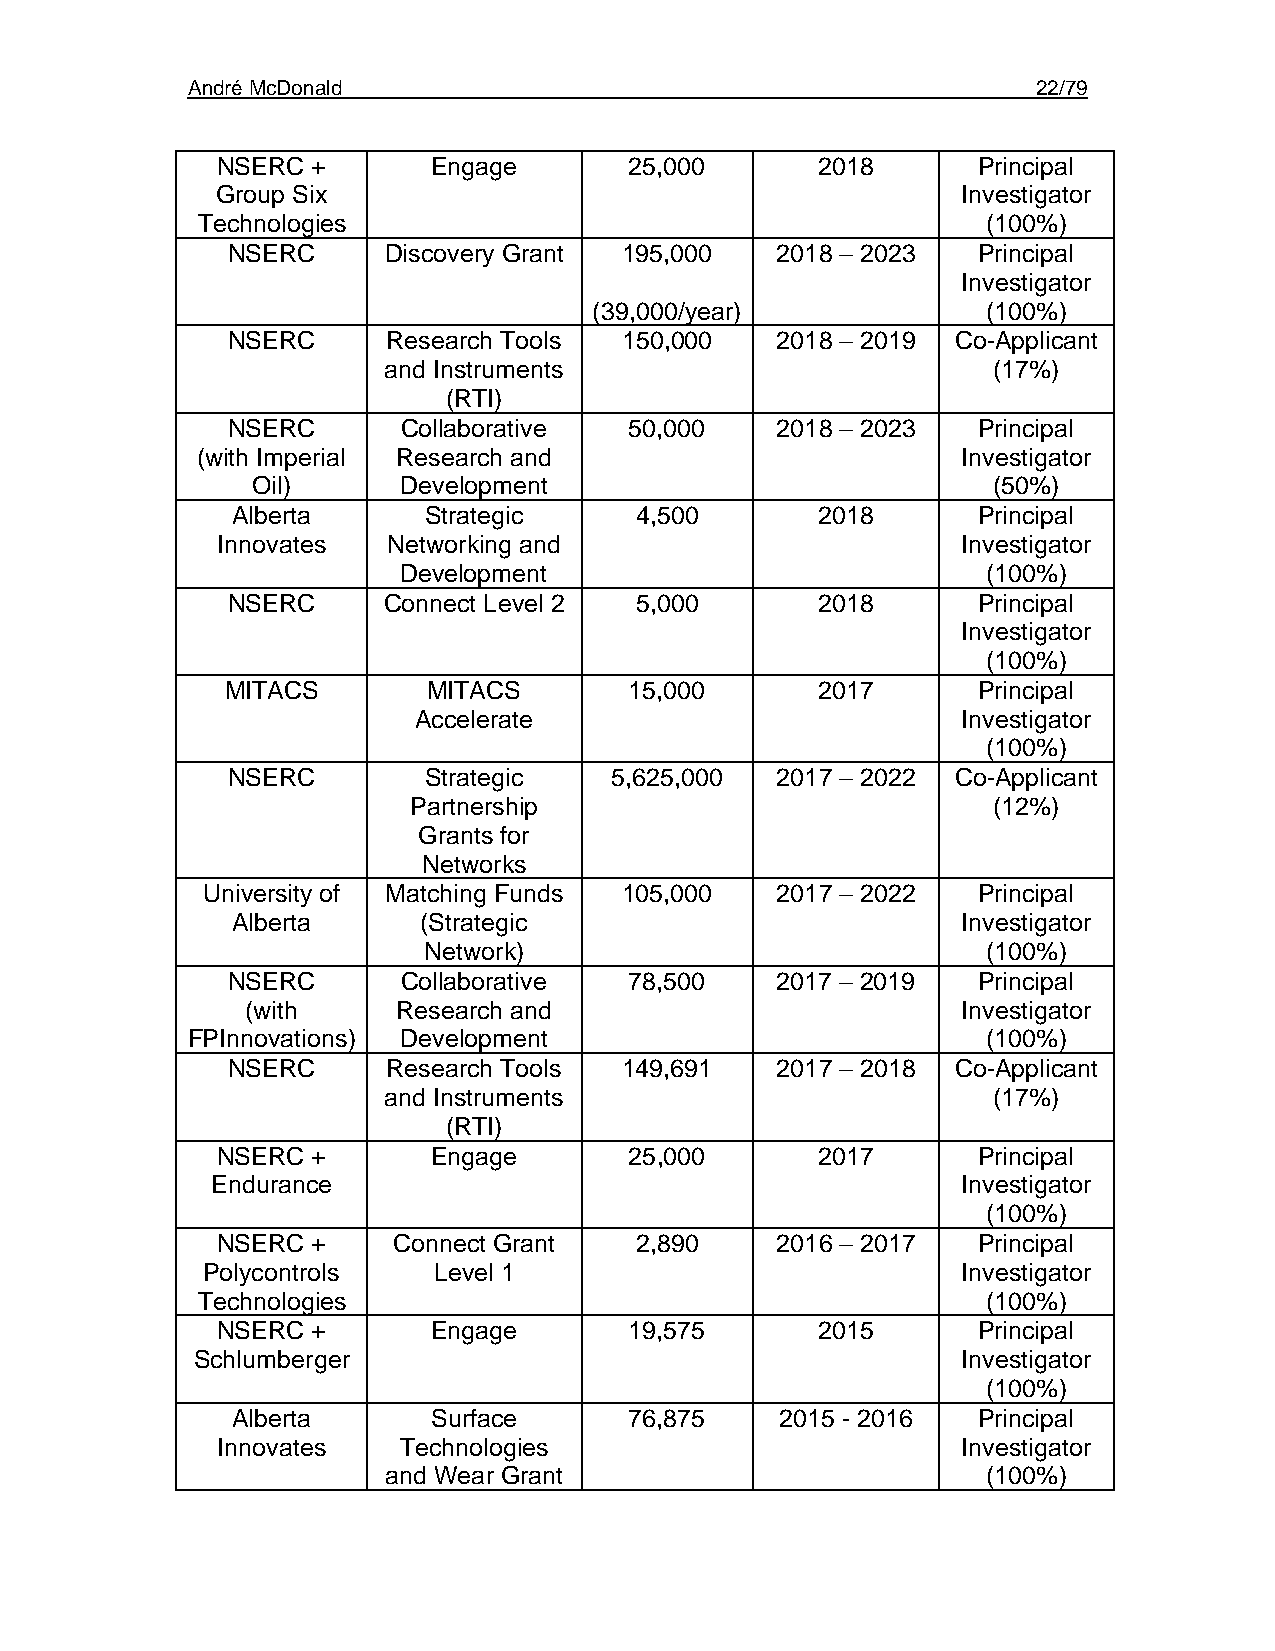
André McDonald                                           22/79
 NSERC  +       Engage       25,000      2018       Principal
 Group Six                                         Investigator
 Technologies                                        (100%)
 NSERC     Discovery Grant 195,000   2018 – 2023   Principal
 Investigator
 (39,000/year)             (100%)
 NSERC      Research Tools 150,000   2018 – 2019 Co-Applicant
 and Instruments                          (17%)
 (RTI)
 NSERC       Collaborative  50,000   2018 – 2023   Principal
 (with Imperial Research and                        Investigator
 Oil)     Development                             (50%)
 Alberta      Strategic     4,500       2018       Principal
 Innovates   Networking and                        Investigator
 Development                            (100%)
 NSERC     Connect Level 2  5,000       2018       Principal
 Investigator
 (100%)
 MITACS       MITACS        15,000      2017       Principal
 Accelerate                           Investigator
 (100%)
 NSERC        Strategic   5,625,000  2017 – 2022 Co-Applicant
 Partnership                            (12%)
 Grants for
 Networks
 University of Matching Funds 105,000  2017 – 2022   Principal
 Alberta      (Strategic                          Investigator
 Network)                             (100%)
 NSERC       Collaborative  78,500   2017 – 2019   Principal
 (with     Research and                          Investigator
 FPInnovations) Development                           (100%)
 NSERC      Research Tools 149,691   2017 – 2018 Co-Applicant
 and Instruments                          (17%)
 (RTI)
 NSERC  +       Engage       25,000      2017       Principal
 Endurance                                         Investigator
 (100%)
 NSERC  +    Connect Grant   2,890    2016 – 2017   Principal
 Polycontrols    Level 1                            Investigator
 Technologies                                        (100%)
 NSERC  +       Engage       19,575      2015       Principal
 Schlumberger                                       Investigator
 (100%)
 Alberta       Surface      76,875    2015 - 2016  Principal
 Innovates   Technologies                          Investigator
 and Wear Grant                          (100%)